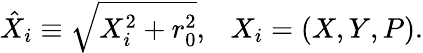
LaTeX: \hat{X}_{i}\equiv\sqrt{X_{i}^{2}+r_{0}^{2}},\ \ \ X_{i}=(X,Y,P).